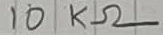
Text: 10KΩ